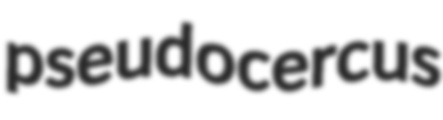
pseudocercus